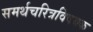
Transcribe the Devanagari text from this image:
समर्थचरित्रविषयक